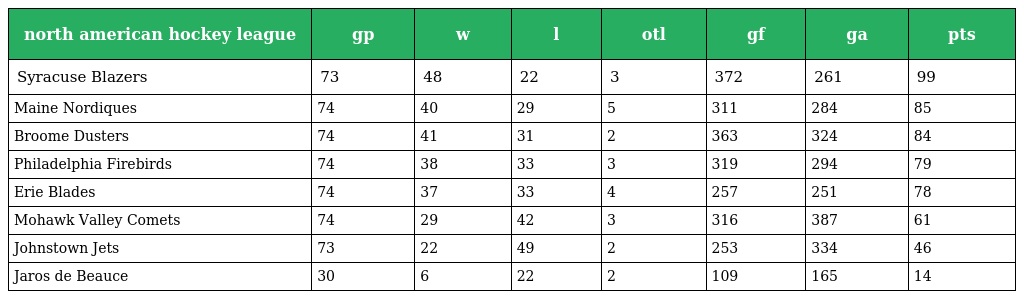
| north american hockey league | gp | w | l | otl | gf | ga | pts |
 | --- | --- | --- | --- | --- | --- | --- | --- |
 | Syracuse Blazers | 73 | 48 | 22 | 3 | 372 | 261 | 99 |
 | Maine Nordiques | 74 | 40 | 29 | 5 | 311 | 284 | 85 |
 | Broome Dusters | 74 | 41 | 31 | 2 | 363 | 324 | 84 |
 | Philadelphia Firebirds | 74 | 38 | 33 | 3 | 319 | 294 | 79 |
 | Erie Blades | 74 | 37 | 33 | 4 | 257 | 251 | 78 |
 | Mohawk Valley Comets | 74 | 29 | 42 | 3 | 316 | 387 | 61 |
 | Johnstown Jets | 73 | 22 | 49 | 2 | 253 | 334 | 46 |
 | Jaros de Beauce | 30 | 6 | 22 | 2 | 109 | 165 | 14 |